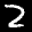
Label: 2